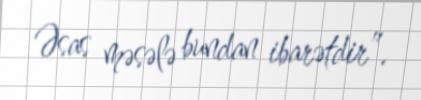
Əsas məsələ bundan ibarətdir”.